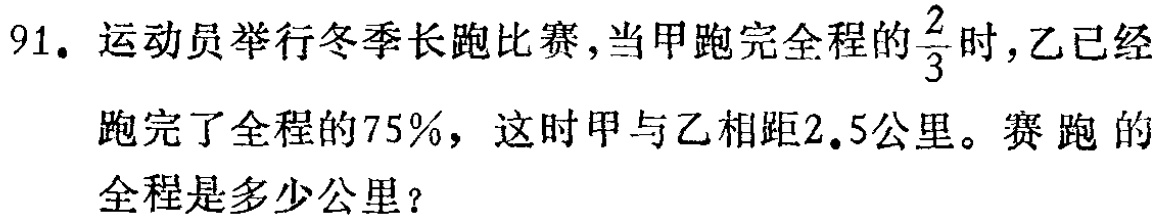
91. 运动员举行冬季长跑比赛，当甲跑完全程的$\frac{2}{3}$时，乙已经跑完了全程的75%，这时甲与乙相距2.5公里。赛跑的全程是多少公里？